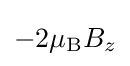
-2\mu _{\rm {B}}B_{z}